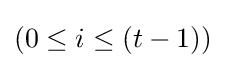
(0\leq i\leq (t-1))